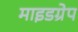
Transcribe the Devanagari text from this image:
माइडग्रेप